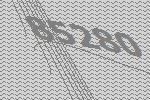
85280